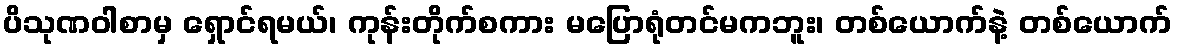
ပိသုဏဝါစာမှ ရှောင်ရမယ်၊ ကုန်းတိုက်စကား မပြောရုံတင်မကဘူး၊ တစ်ယောက်နဲ့ တစ်ယောက်